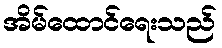
အိမ်ထောင်ရေးသည်